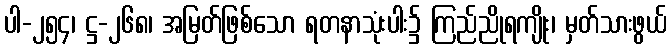
ပါ-၂၅၄၊ ဋ္ဌ-၂၆၈၊ အမြတ်ဖြစ်သော ရတနာသုံးပါး၌ ကြည်ညိုရကျိုး၊ မှတ်သားဖွယ်